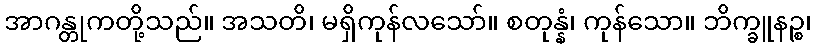
အာဂန္တုကတို့သည်။ အသတိ၊ မရှိကုန်လသော်။ စတုန္နံ၊ ကုန်သော။ ဘိက္ခူနဉ္စ၊